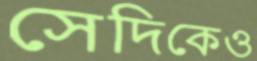
সেদিকেও